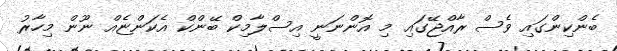
ބެންކިންގައި ވެސް ރާއްޖޭގައި މި އޮންނަނީ އިސްލާމިކް ބޭންކް އެކަންޏެއް ނޫން މިހާރު